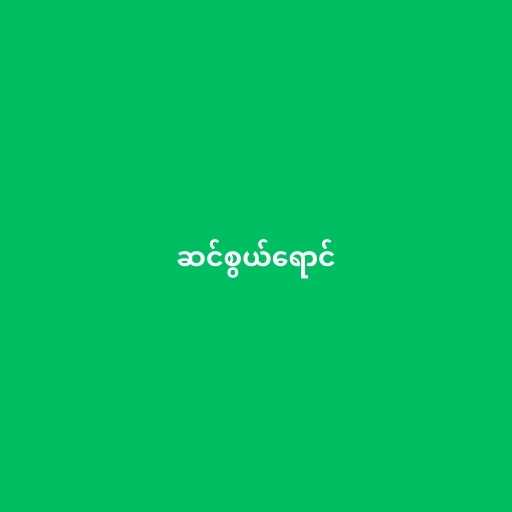
ဆင်စွယ်ရောင်